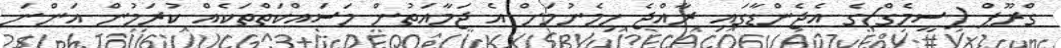
ގްރޫޕް (ސީމެގް)ގެ އެޖެންޑާގައި ރާއްޖެ ހިމެނުމަށް އެ ޖަމާއަތުން މަސައްކަތްތަކެއް ކުރަމުން އަންނަ